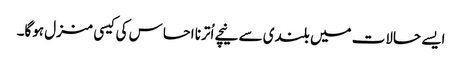
ایسے حالات میں بلندی سے نیچے اُترنا احساس کی کیسی منزل ہوگا۔